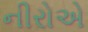
નીરોએ